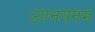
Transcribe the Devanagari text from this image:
उपनयनम